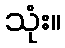
သုံး။